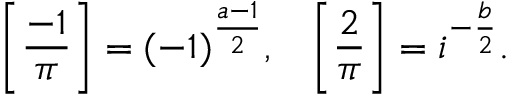
{ \Bigg [ } { \frac { - 1 } { \pi } } { \Bigg ] } = ( - 1 ) ^ { \frac { a - 1 } { 2 } } , \; \; \; { \Bigg [ } { \frac { 2 } { \pi } } { \Bigg ] } = i ^ { - { \frac { b } { 2 } } } .